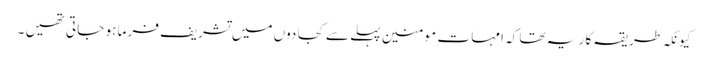
کیونکہ طر یقہ کا ر یہ تھا کہ امہا ت ِ مو منین پہلے سے کجا دوں میں تشریف فر ما ہو جا تی تھیں ۔